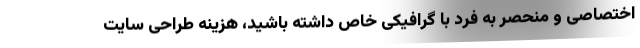
اختصاصی و منحصر به فرد با گرافیکی خاص داشته باشید، هزینه طراحی سایت